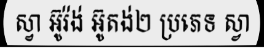
ស្វា អ៊ូរ៉ង់ អ៊ូតង់២ ប្រភេទ ស្វា